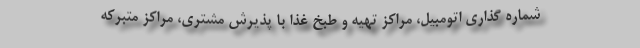
شماره گذاری اتومبیل، مراکز تهیه و طبخ غذا با پذیرش مشتری، مراکز متبرکه